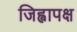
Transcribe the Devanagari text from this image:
जिह्वापक्ष